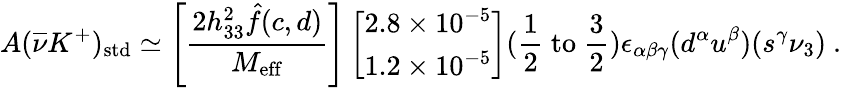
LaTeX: A(\overline{{{\nu}}}K^{+})_{\mathrm{std}}\simeq\left[\frac{2h_{33}^{2}\hat{f}(c,d)}{M_{\mathrm{eff}}}\right]\left[\begin{array}{l}{{2.8\times 10^{-5}}}\\ {{1.2\times 10^{-5}}}\end{array}\right]({\frac{1}{2}}~\mathrm{to}~{\frac{3}{2}})\epsilon_{\alpha\beta\gamma}(d^{\alpha}u^{\beta})(s^{\gamma}\nu_{3})~.